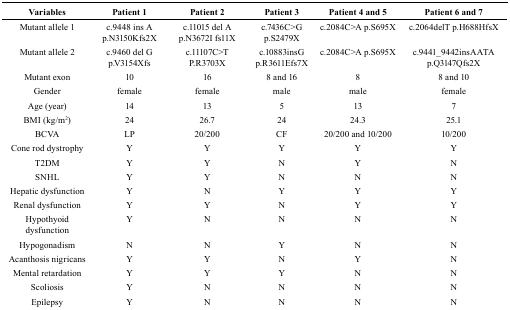
| Variables | Patient 1 | Patient 2 | Patient 3 | Patient 4 and 5 | Patient 6 and 7 |
 | --- | --- | --- | --- | --- | --- |
 | Mutant allele 1 | c.9448 ins A p.N3150Kfs2X | c.11015 del A p.N3672I fs11X | c.7436C>G p.S2479X | c.2084C>A p.S695X | c.2064delT p.H688HfsX |
 | Mutant allele 2 | c.9460 del G p.V3154Xfs | c.11107C>T P.R3703X | c.10883insG p.R3611Efs7X | c.2084C>A p.S695X | c.9441_9442insAATA p.Q3147Qfs2X |
 | Mutant exon | 10 | 16 | 8 and 16 | 8 | 8 and 10 |
 | Gender | female | female | male | male | female |
 | Age (year) | 14 | 13 | 5 | 13 | 7 |
 | BMI (kg/m2) | 24 | 26.7 | 24 | 24.3 | 25.1 |
 | BCVA | LP | 20/200 | CF | 20/200 and 10/200 | 10/200 |
 | Cone rod dystrophy | Y | Y | Y | Y | Y |
 | T2DM | Y | Y | N | Y | N |
 | SNHL | Y | Y | N | N | N |
 | Hepatic dysfunction | Y | N | Y | Y | Y |
 | Renal dysfunction | Y | Y | N | Y | Y |
 | Hypothyoid dysfunction | Y | N | N | N | N |
 | Hypogonadism | N | N | Y | N | N |
 | Acanthosis nigricans | Y | Y | N | Y | N |
 | Mental retardation | Y | Y | Y | N | N |
 | Scoliosis | Y | N | N | N | N |
 | Epilepsy | Y | N | N | N | N |